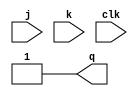
module jkff(j, k, clk, q);
    input j,k,clk;
    output q=1;
    reg q;
    always @ (negedge clk)
    begin
    if (j==0 && k==0)
    q<=q;
    else if (j==0 && k==1)
    q=0;
    else if (j==1 && k==0)
    q=1;
    else
    q<=~q;
    end
endmodule